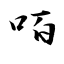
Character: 咟